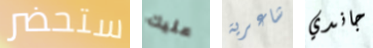
ستحضر عليك شاعرية جاندي